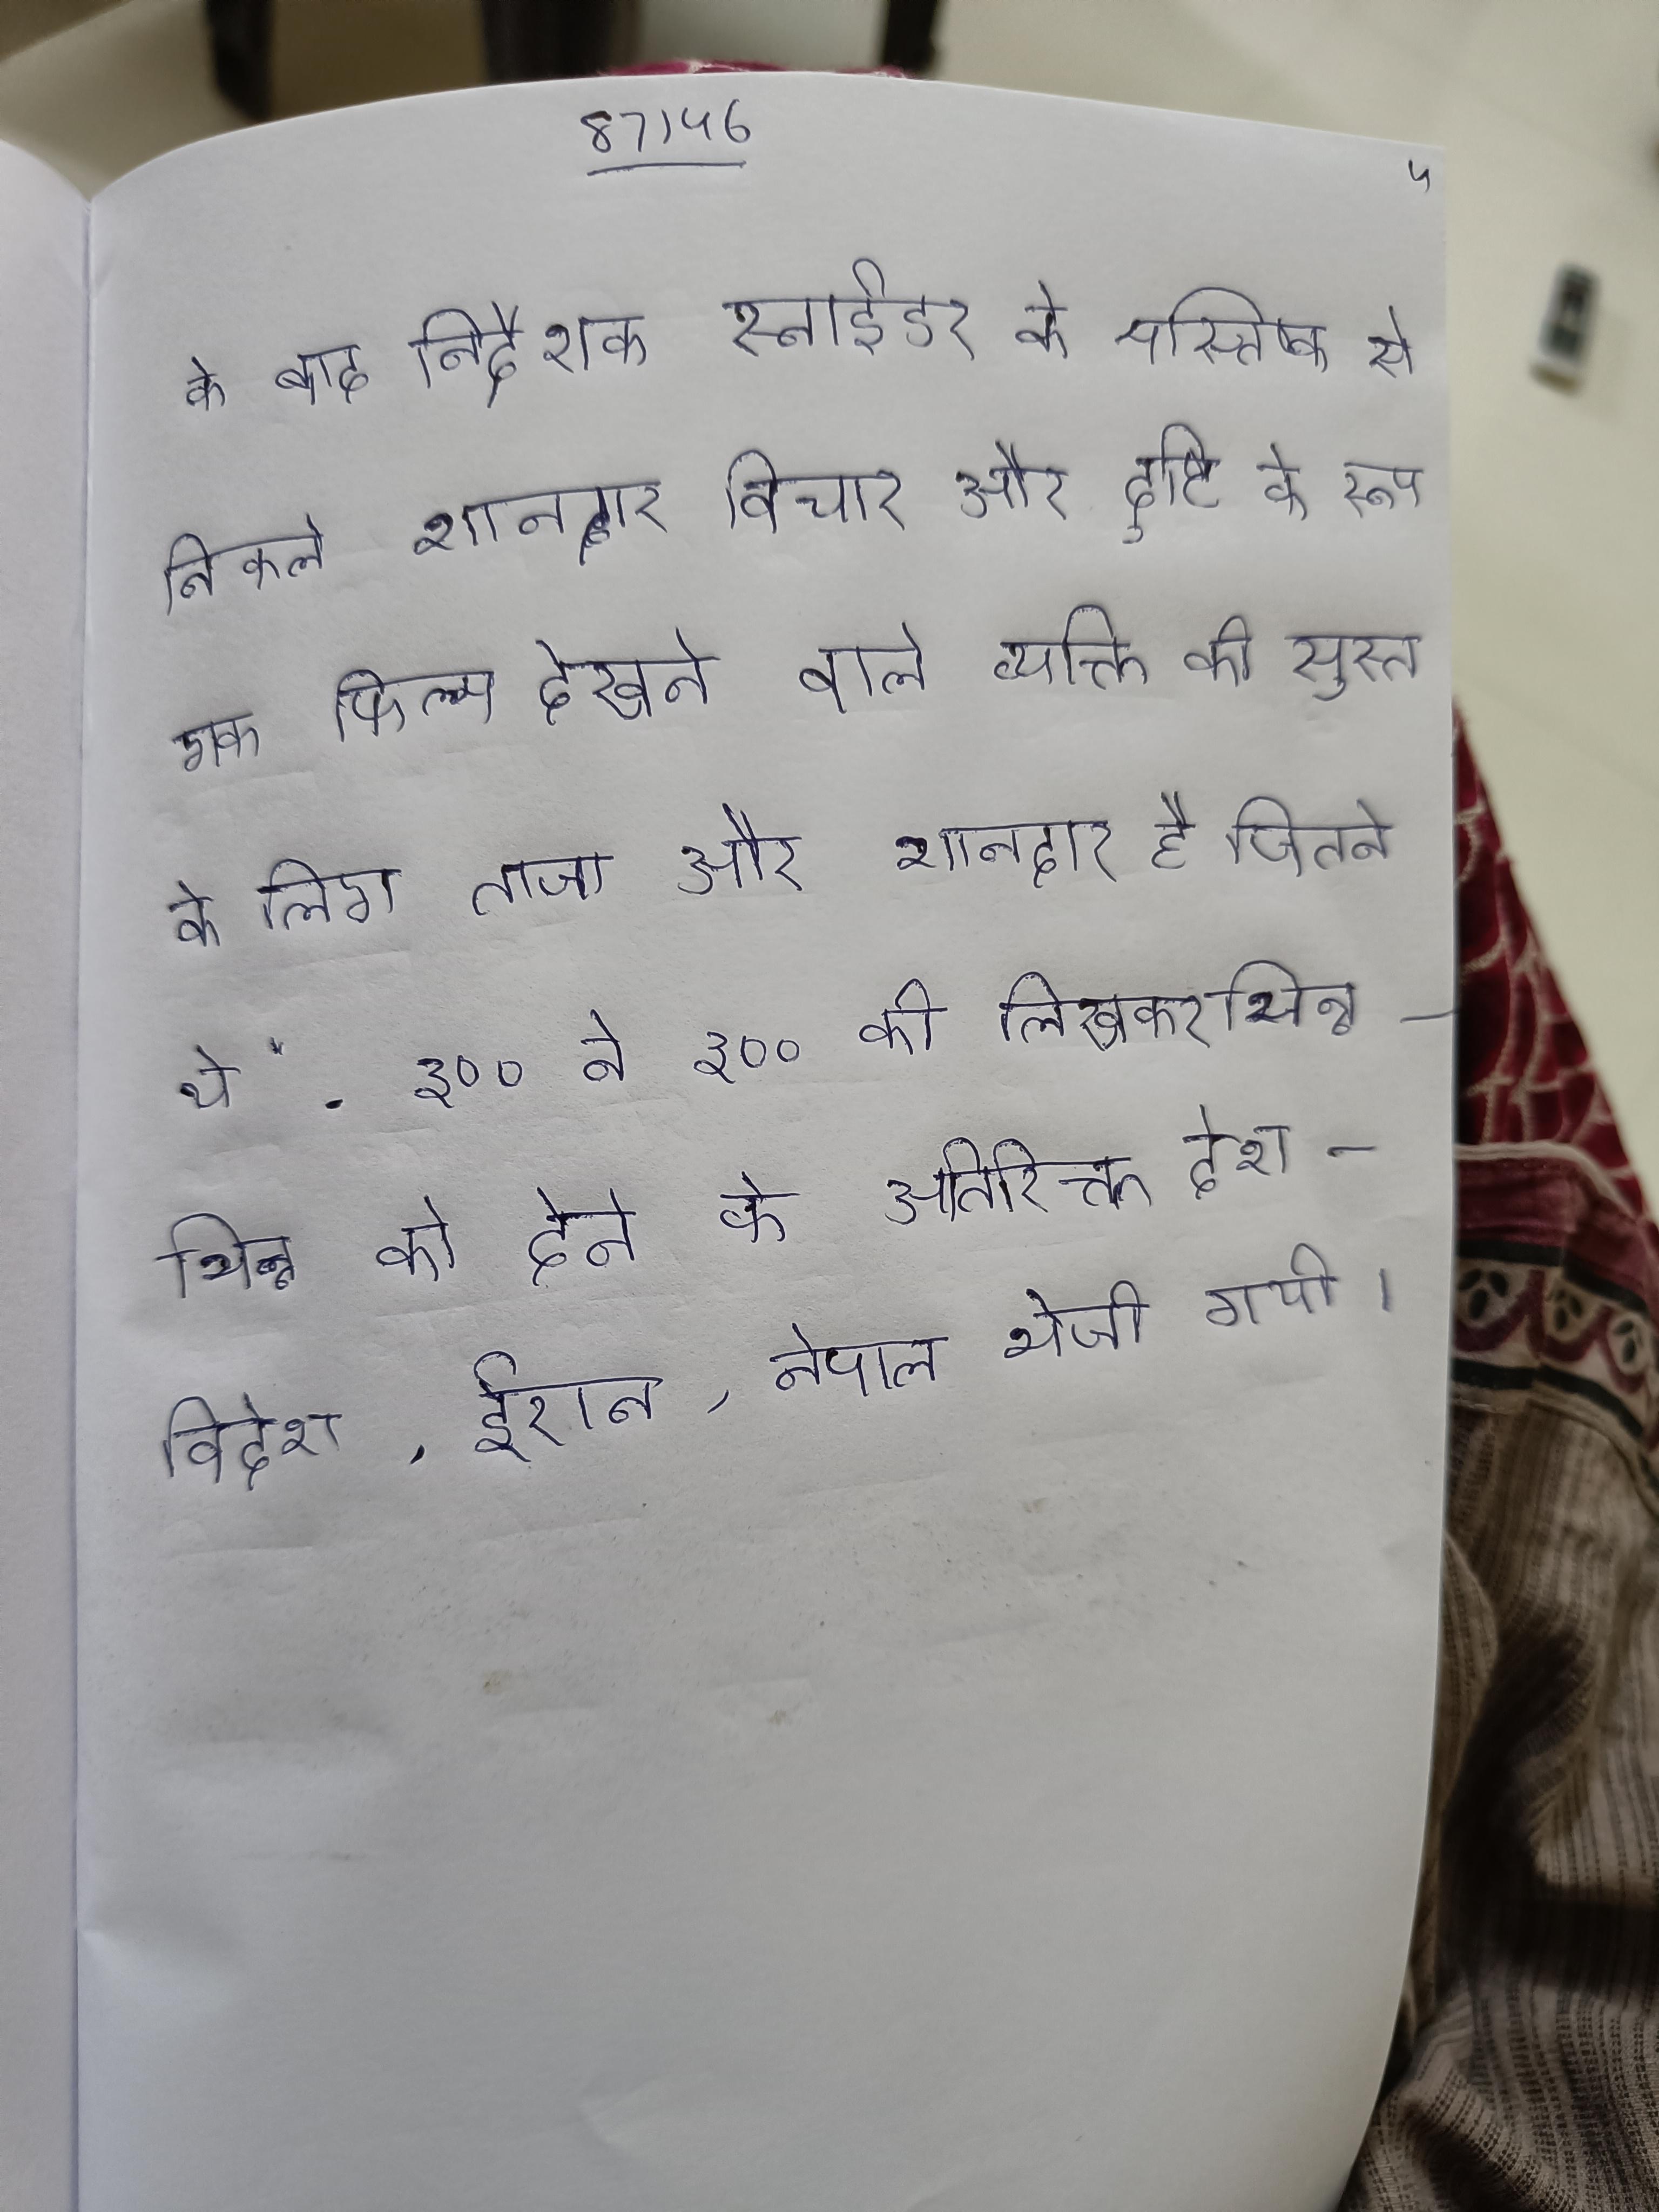
के बाद निर्देशक स्नाईडर के मस्तिष्क से निकले शानदार विचार और दृष्टि के रूप एक फिल्म देखने वाले व्यक्ति की सुस्त के लिए अभी भी उतने ही ताजा और शानदार है जितने थे" . ३०० ने ३०० की लिखकर भिन्न-भिन्न को देने के अतिरिक्त देश-विदेश, ईरान, नेपाल भेजी गयी ।